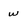
Character: w